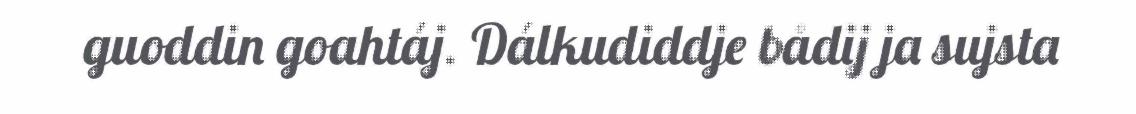
guoddin goahtáj. Dálkudiddje bådij ja sujsta